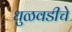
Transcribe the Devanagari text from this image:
धुळवडीचे